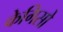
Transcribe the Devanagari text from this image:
केगिसो